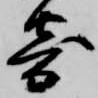
寄